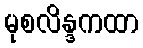
မုစလိန္ဒကထာ